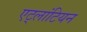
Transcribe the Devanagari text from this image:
एट्लांटियन